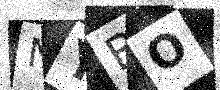
Text: NYBO